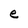
Character: e